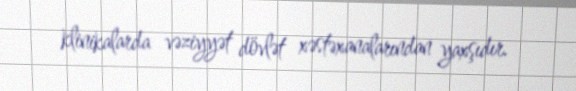
klinikalarda vəziyyət dövlət xəstəxanalarından yaxşıdır.